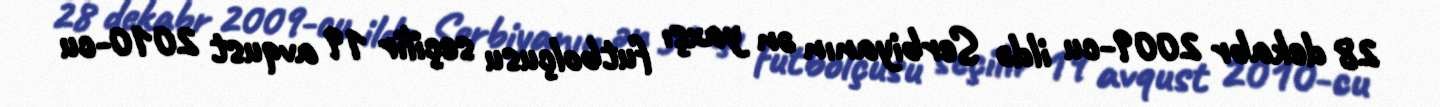
28 dekabr 2009-cu ildə Serbiyanın ən yaxşı futbolçusu seçilir 19 avqust 2010-cu